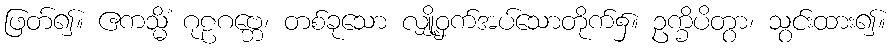
ဖြတ်၍။ ဧကသ္မိံ ဂုဠဂဗ္ဘေ၊ တစ်ခုသော လျှို့ဝှက်အပ်သောတိုက်၌။ ဥက္ခိပိတွာ၊ သွင်းထား၍။